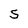
Character: S